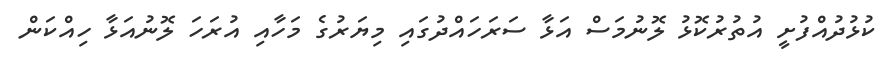
ކުޅުދުއްފުށީ އުތުރުކޮޅު ލޮނުމަސް އަޅާ ސަރަހައްދުގައި މިޔަރުގެ މަހާއި އުރަހަ ލޮނުއަޅާ ހިއްކަން